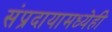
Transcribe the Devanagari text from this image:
संप्रदायामध्येही